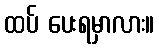
ထပ် ပေးရမှာလား။